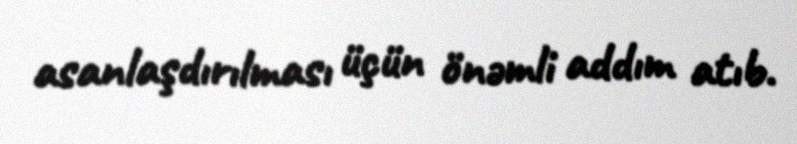
asanlaşdırılması üçün önəmli addım atıb.